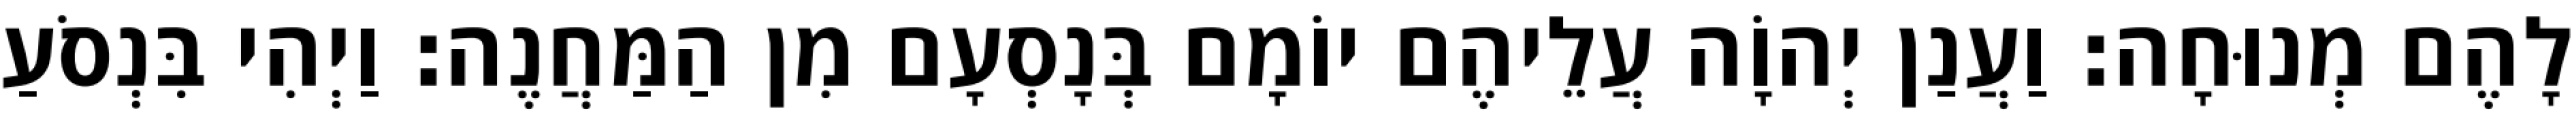
לָהֶם מְנוּחָה׃ וַעֲנַן יְהוָֹה עֲלֵיהֶם יוֹמָם בְּנָסְעָם מִן הַמַּחֲנֶה׃ וַיְהִי בִּנְסֹעַ